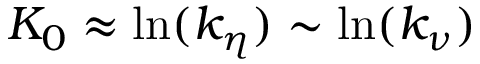
K _ { 0 } \approx \ln ( k _ { \eta } ) \sim \ln ( k _ { \nu } )